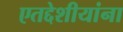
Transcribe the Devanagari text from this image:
एतद्देशीयांना